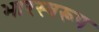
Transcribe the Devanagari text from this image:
भारस्वरूप